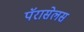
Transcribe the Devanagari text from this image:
पॅरासेलस